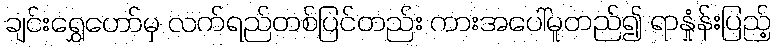
ချင်းရွှေဟော်မှ လက်ရည်တစ်ပြင်တည်း ကားအပေါ်မူတည်၍ ရာနှုံန်းပြည့်